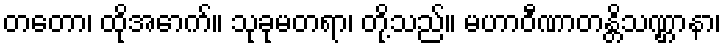
တတော၊ ထိုအောက်။ သုခုမတရာ၊ တို့သည်။ မဟာဝီဏာတန္တိသဏ္ဌာနာ၊